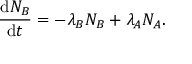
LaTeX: { \frac { \mathrm { d } N _ { B } } { \mathrm { d } t } } = - \lambda _ { B } N _ { B } + \lambda _ { A } N _ { A } .